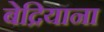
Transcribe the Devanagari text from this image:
बेद्रियाना